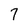
Character: 7